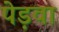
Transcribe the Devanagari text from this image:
पेड़वा